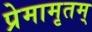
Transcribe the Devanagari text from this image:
प्रेमामृतम्